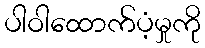
ပါဝါထောက်ပံ့မှုကို